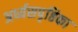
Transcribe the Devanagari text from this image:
अर्ध्यसपृष्ठिका